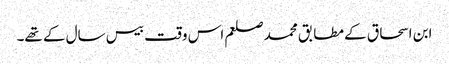
ابن اسحاق کے مطابق محمد صلعم اس وقت بیس سال کے تھے۔